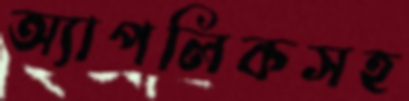
অ্যাপলিকসহ